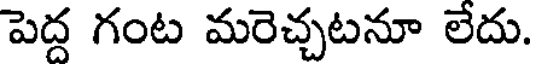
పెద్ద గంట మరెచ్చటనూ లేదు.